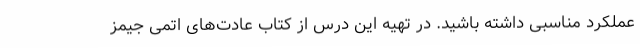
عملکرد مناسبی داشته باشید. در تهیه این درس از کتاب عادت‌های اتمی جیمز